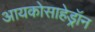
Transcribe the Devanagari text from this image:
आयकोसाहेड्रॉन